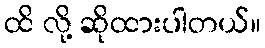
ထိ လို့ ဆိုထားပါတယ်။